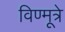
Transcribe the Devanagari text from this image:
विण्मूत्रे